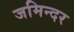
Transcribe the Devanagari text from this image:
जमिन्दर